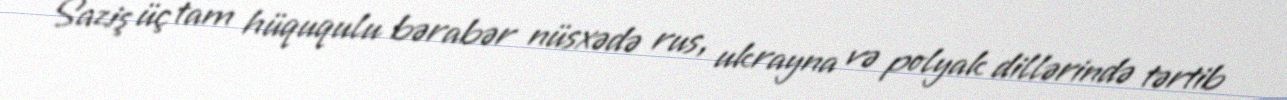
Saziş üç tam hüququlu bərabər nüsxədə rus, ukrayna və polyak dillərində tərtib